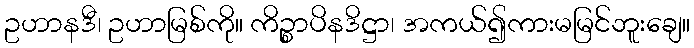
ဥဟာနဒီ၊ ဥဟာမြစ်ကို။ ကိဉ္စာပိနဒိဋ္ဌာ၊ အကယ်၍ကားမမြင်ဘူးချေ။